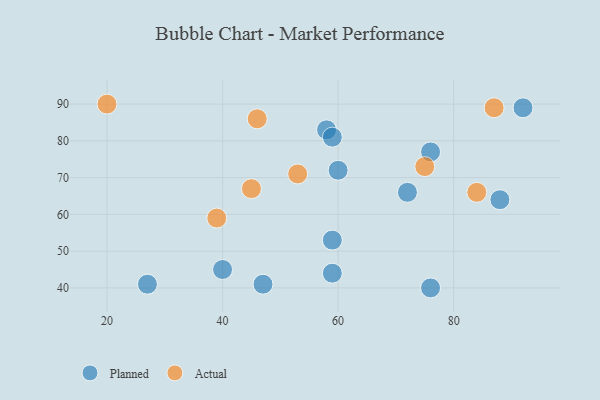
{"axis": {"x": "GDP", "y": "Life Expectancy"}, "legend": ["Actual", "Planned"], "data": [{"x": "40", "y": 45, "type": "Planned"}, {"x": "88", "y": 64, "type": "Planned"}, {"x": "47", "y": 41, "type": "Planned"}, {"x": "59", "y": 53, "type": "Planned"}, {"x": "27", "y": 41, "type": "Planned"}, {"x": "72", "y": 66, "type": "Planned"}, {"x": "58", "y": 83, "type": "Planned"}, {"x": "92", "y": 89, "type": "Planned"}, {"x": "59", "y": 44, "type": "Planned"}, {"x": "60", "y": 72, "type": "Planned"}, {"x": "76", "y": 77, "type": "Planned"}, {"x": "59", "y": 81, "type": "Planned"}, {"x": "76", "y": 40, "type": "Planned"}, {"x": "20", "y": 90, "type": "Actual"}, {"x": "46", "y": 86, "type": "Actual"}, {"x": "75", "y": 73, "type": "Actual"}, {"x": "39", "y": 59, "type": "Actual"}, {"x": "84", "y": 66, "type": "Actual"}, {"x": "45", "y": 67, "type": "Actual"}, {"x": "53", "y": 71, "type": "Actual"}, {"x": "87", "y": 89, "type": "Actual"}]}